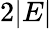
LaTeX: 2|E|